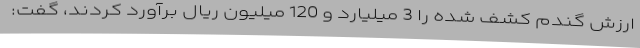
ارزش گندم کشف شده را 3 میلیارد و 120 میلیون ریال برآورد کردند، گفت: